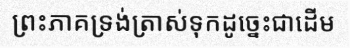
ព្រះភាគទ្រង់ត្រាស់ទុកដូច្នេះជាដើម